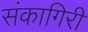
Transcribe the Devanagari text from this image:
संकागिरी